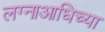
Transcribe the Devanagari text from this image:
लग्नाआधिच्या